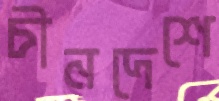
চীনদেশে